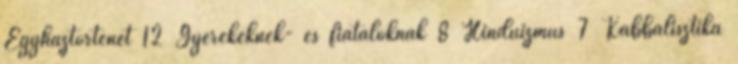
Egyháztörténet 12 Gyerekeknek- és fiataloknak 8 Hinduizmus 7 Kabbalisztika